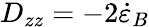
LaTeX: D_{zz}=-2\dot{\varepsilon}_{B}